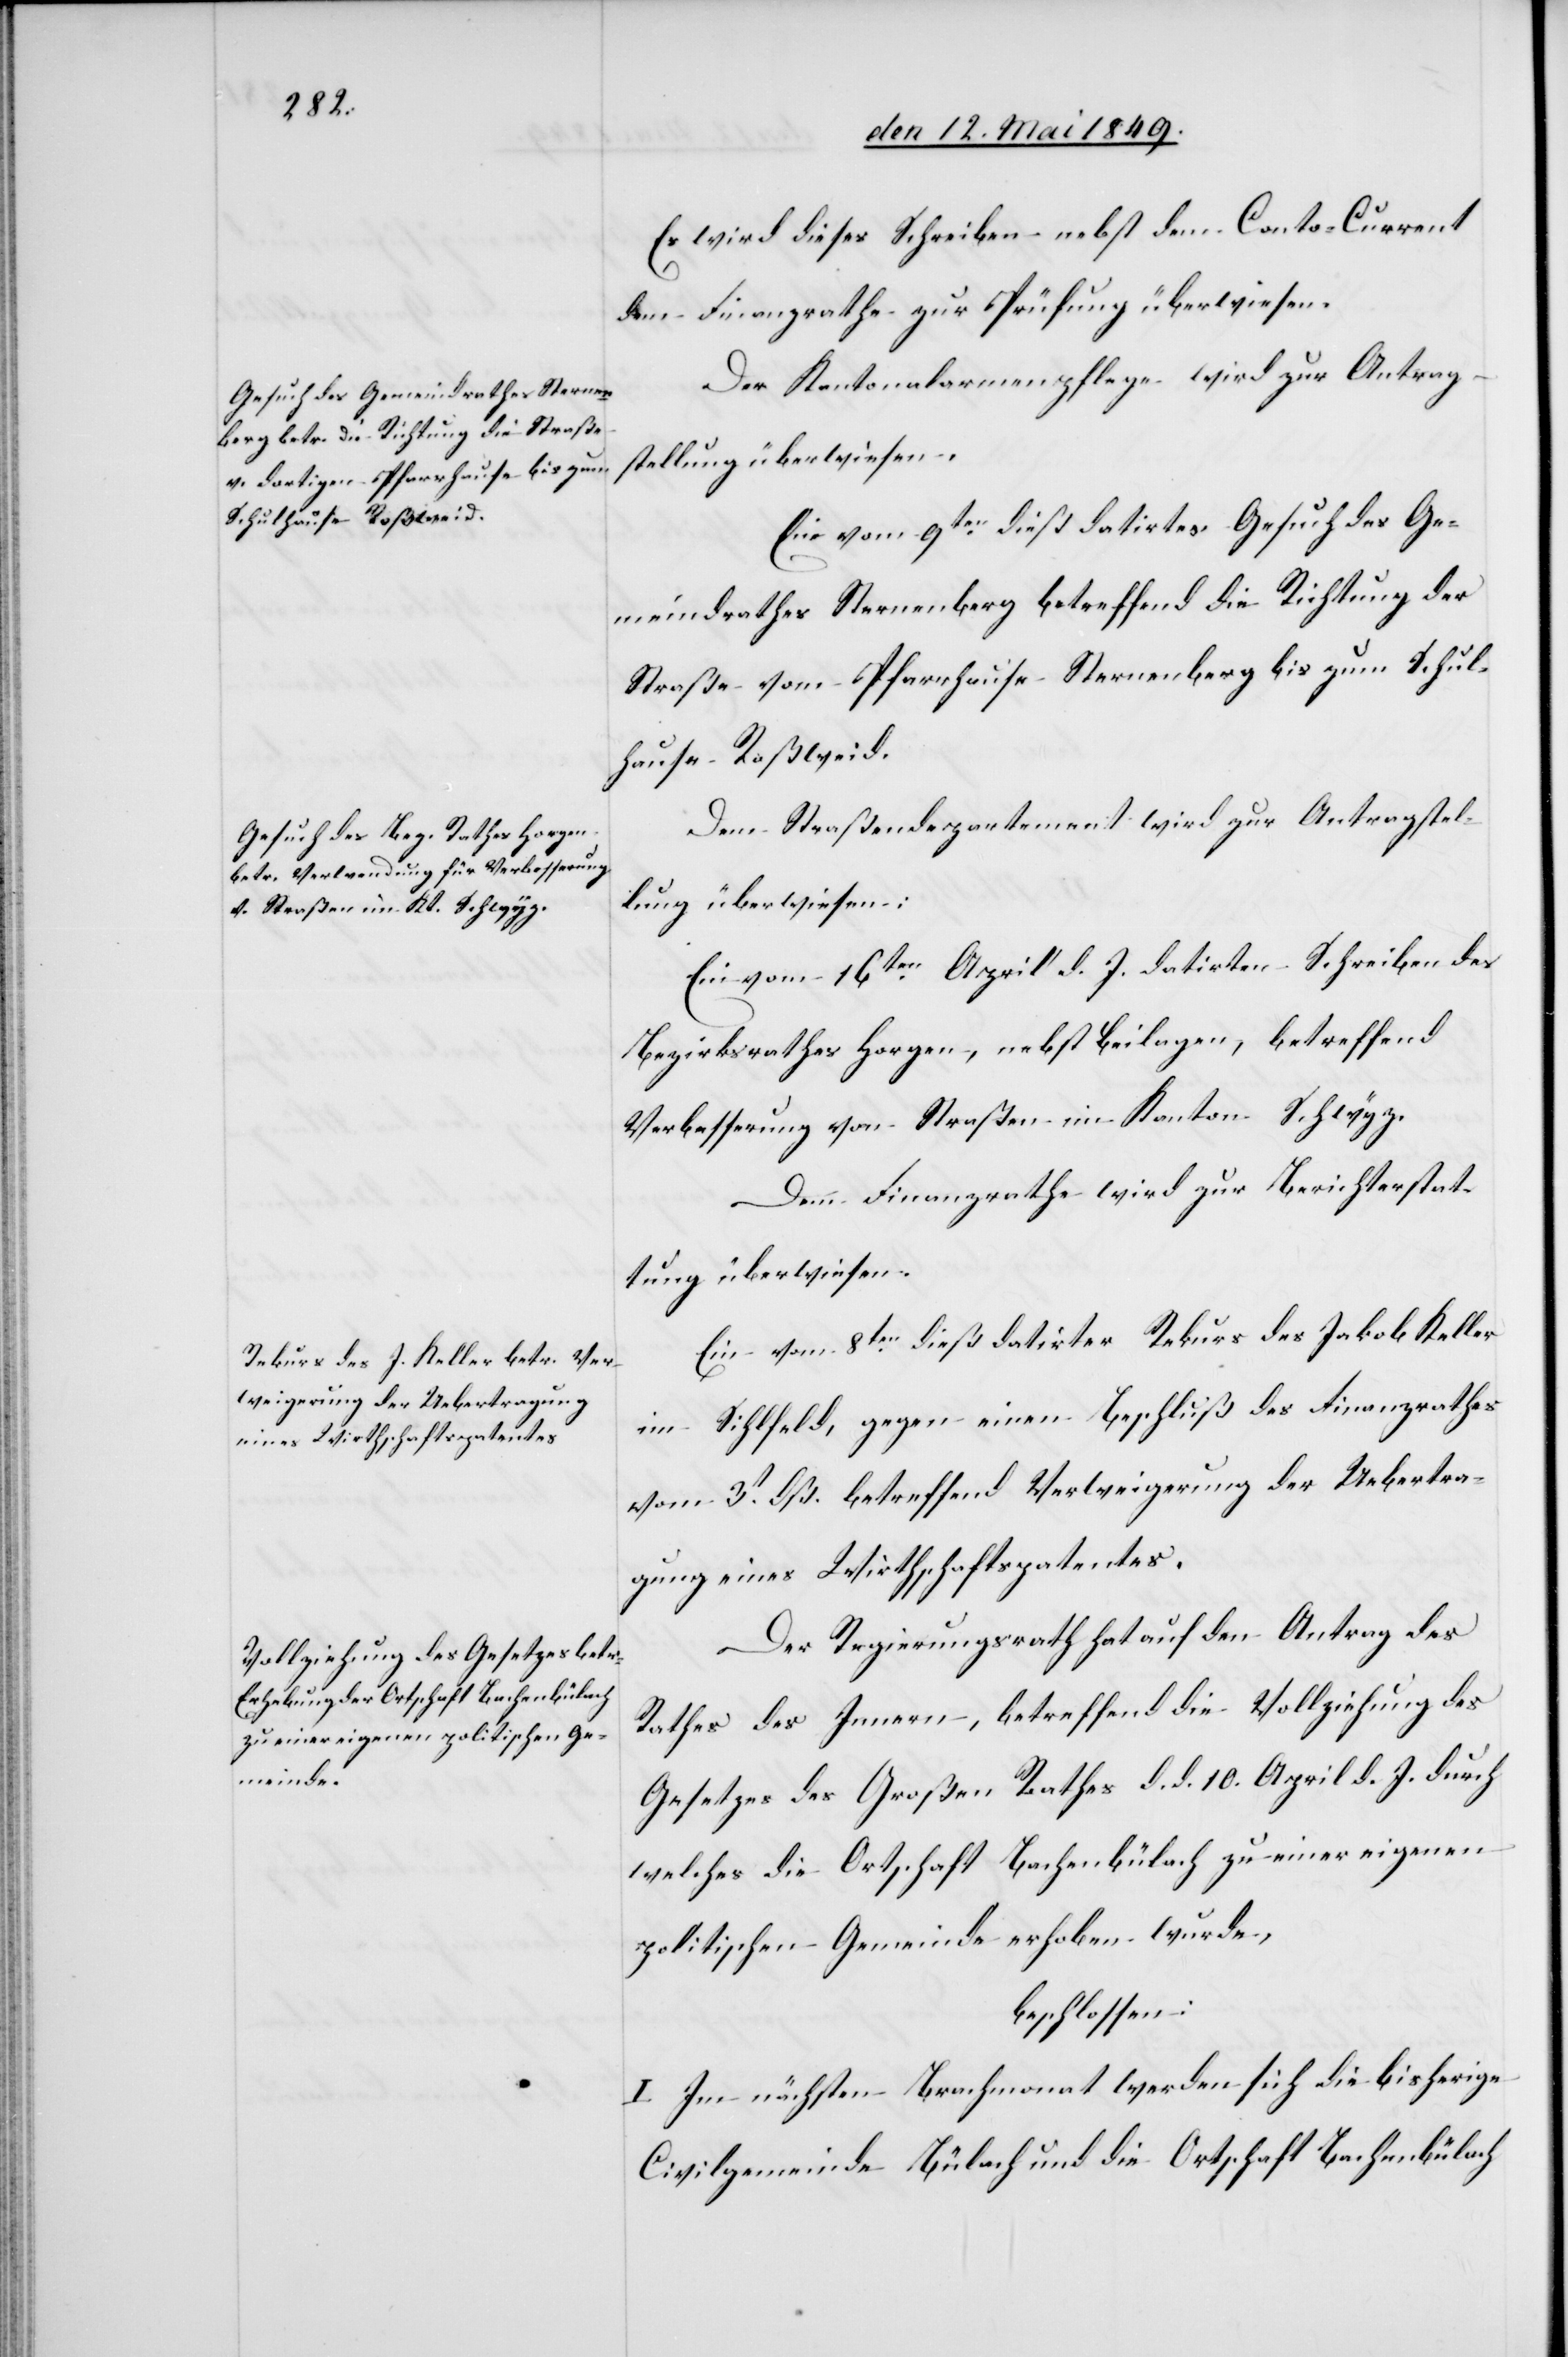
Es wird dieses Schreiben nebst dem Conto-Current
dem Finanzrathe zur Prüfung überwiesen.
Der Kantonalarmenpflege wird zur Antrag¬
stellung überwiesen.
Ein vom 9ten dieß datirtes Gesuch des Ge¬
meindrathes Sternenberg betreffend die Richtung der
Straße vom Pfarrhause Sternenberg bis zum Schul¬
hause Roßweid.
Dem Straßendepartement wird zur Antragstel¬
lung überwiesen:
Ein vom 16ten April d. J. datirten Schreiben des
Bezirksrathes Horgen, nebst Beilagen, betreffend
Verbesserung von Straßen im Kanton Schwyz.
Dem Finanzrathe wird zur Berichterstat¬
tung überwiesen.
Ein vom 8ten dieß datirter Rekurs des Jakob Keller
im Sihlfeld, gegen einen Beschluß des Finanzrathes
vom 3t dß. betreffend Verweigerung der Uebertra¬
gung eines Wirthschaftspatentes.
Der Regierungsrath hat auf den Antrag des
Rathes des Innern, betreffend die Vollziehung des
Gesetzes des Großen Rathes d. d. 10. April d. J. durch
welches die Ortschaft Bachenbülach zu einer eigenen
politischen Gemeinde erhoben wurde,
beschlossen:
I. Im nächsten Brachmonat werden sich die bisherige
Civilgemeinde Bülach und die Ortschaft Bachenbülach